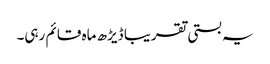
یہ بستی تقریبا ڈیڑھ ماہ قائم رہی۔